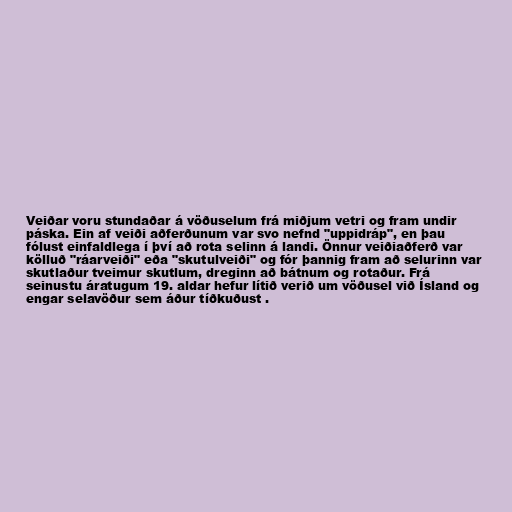
Veiðar voru stundaðar á vöðuselum frá miðjum vetri og fram undir
páska. Ein af veiði aðferðunum var svo nefnd "uppidráp", en þau
fólust einfaldlega í því að rota selinn á landi. Önnur veiðiaðferð var
kölluð "ráarveiði" eða "skutulveiði" og fór þannig fram að selurinn var
skutlaður tveimur skutlum, dreginn að bátnum og rotaður. Frá
seinustu áratugum 19. aldar hefur lítið verið um vöðusel við Ísland og
engar selavöður sem áður tíðkuðust .